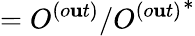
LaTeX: =O^{(o\mathbf{u}t)}/{O^{(o\mathbf{u}t)}}^{*}